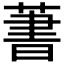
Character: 𦶕